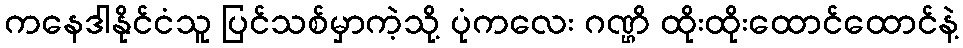
ကနေဒါနိုင်ငံသူ ပြင်သစ်မှာကဲ့သို့ ပုံကလေး ဂဏ္ဌိ ထိုးထိုးထောင်ထောင်နဲ့